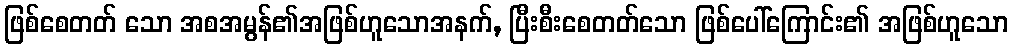
ဖြစ်စေတတ် သော အစအမွန်၏အဖြစ်ဟူသောအနက်, ပြီးစီးစေတတ်သော ဖြစ်ပေါ်ကြောင်း၏ အဖြစ်ဟူသော